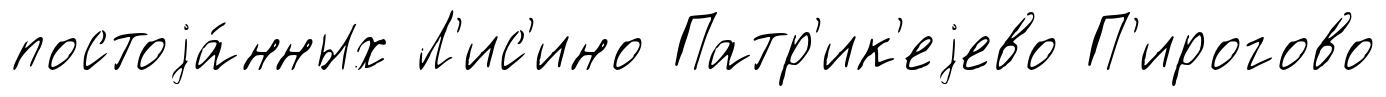
постоjа́нных Л'ис'ино Патр'ик'еjево П'ирогово